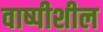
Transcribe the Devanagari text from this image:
वाष्पीशील